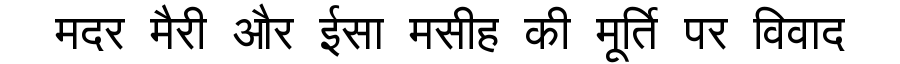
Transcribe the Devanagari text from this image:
मदर मैरी और ईसा मसीह की मूर्ति पर विवाद